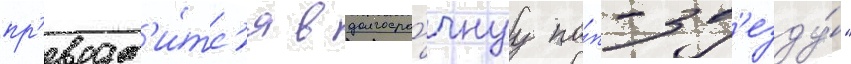
пр'еврат'и́тс'я в долгосро́чнуу по́п-зв'езду́"